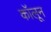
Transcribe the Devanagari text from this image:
कॉलून